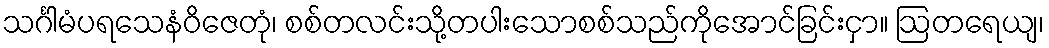
သင်္ဂါမံပရသေနံဝိဇေတုံ၊ စစ်တလင်းသို့တပါးသောစစ်သည်ကိုအောင်ခြင်းငှာ။ ဩတရေယျ၊